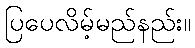
ပြပေလိမ့်မည်နည်း။